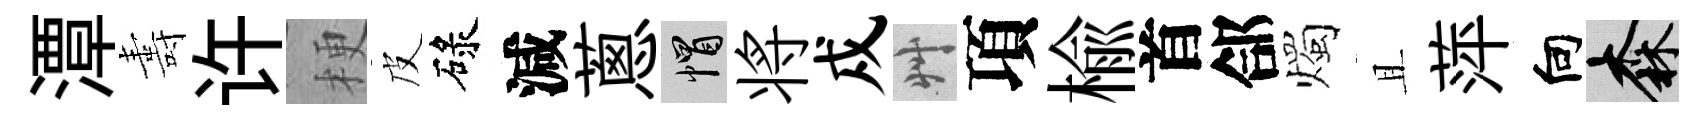
潭夀许梗皮碌減蔥帽将戍艸項榆首郃燭且萍向森